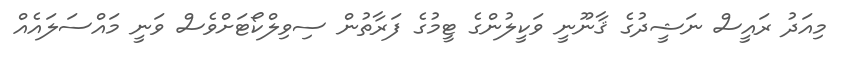
މިއަދު ރައީސް ނަޝީދުގެ ޤާނޫނީ ވަކީލުންގެ ޓީމުގެ ފަރާތުން ސިވިލްކޯޓަށްވެސް ވަނީ މައްސަލައެއް